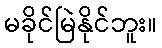
မခိုင်မြဲနိုင်ဘူး။